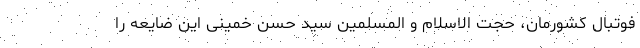
فوتبال کشورمان، حجت الاسلام و المسلمین سید حسن خمینی این ضایعه را